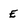
Character: E